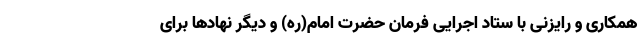
همکاری و رایزنی با ستاد اجرایی فرمان حضرت امام(ره) و دیگر نهادها برای